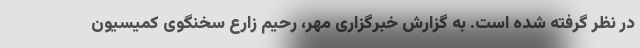
در نظر گرفته شده است. به گزارش خبرگزاری مهر، رحیم زارع سخنگوی کمیسیون